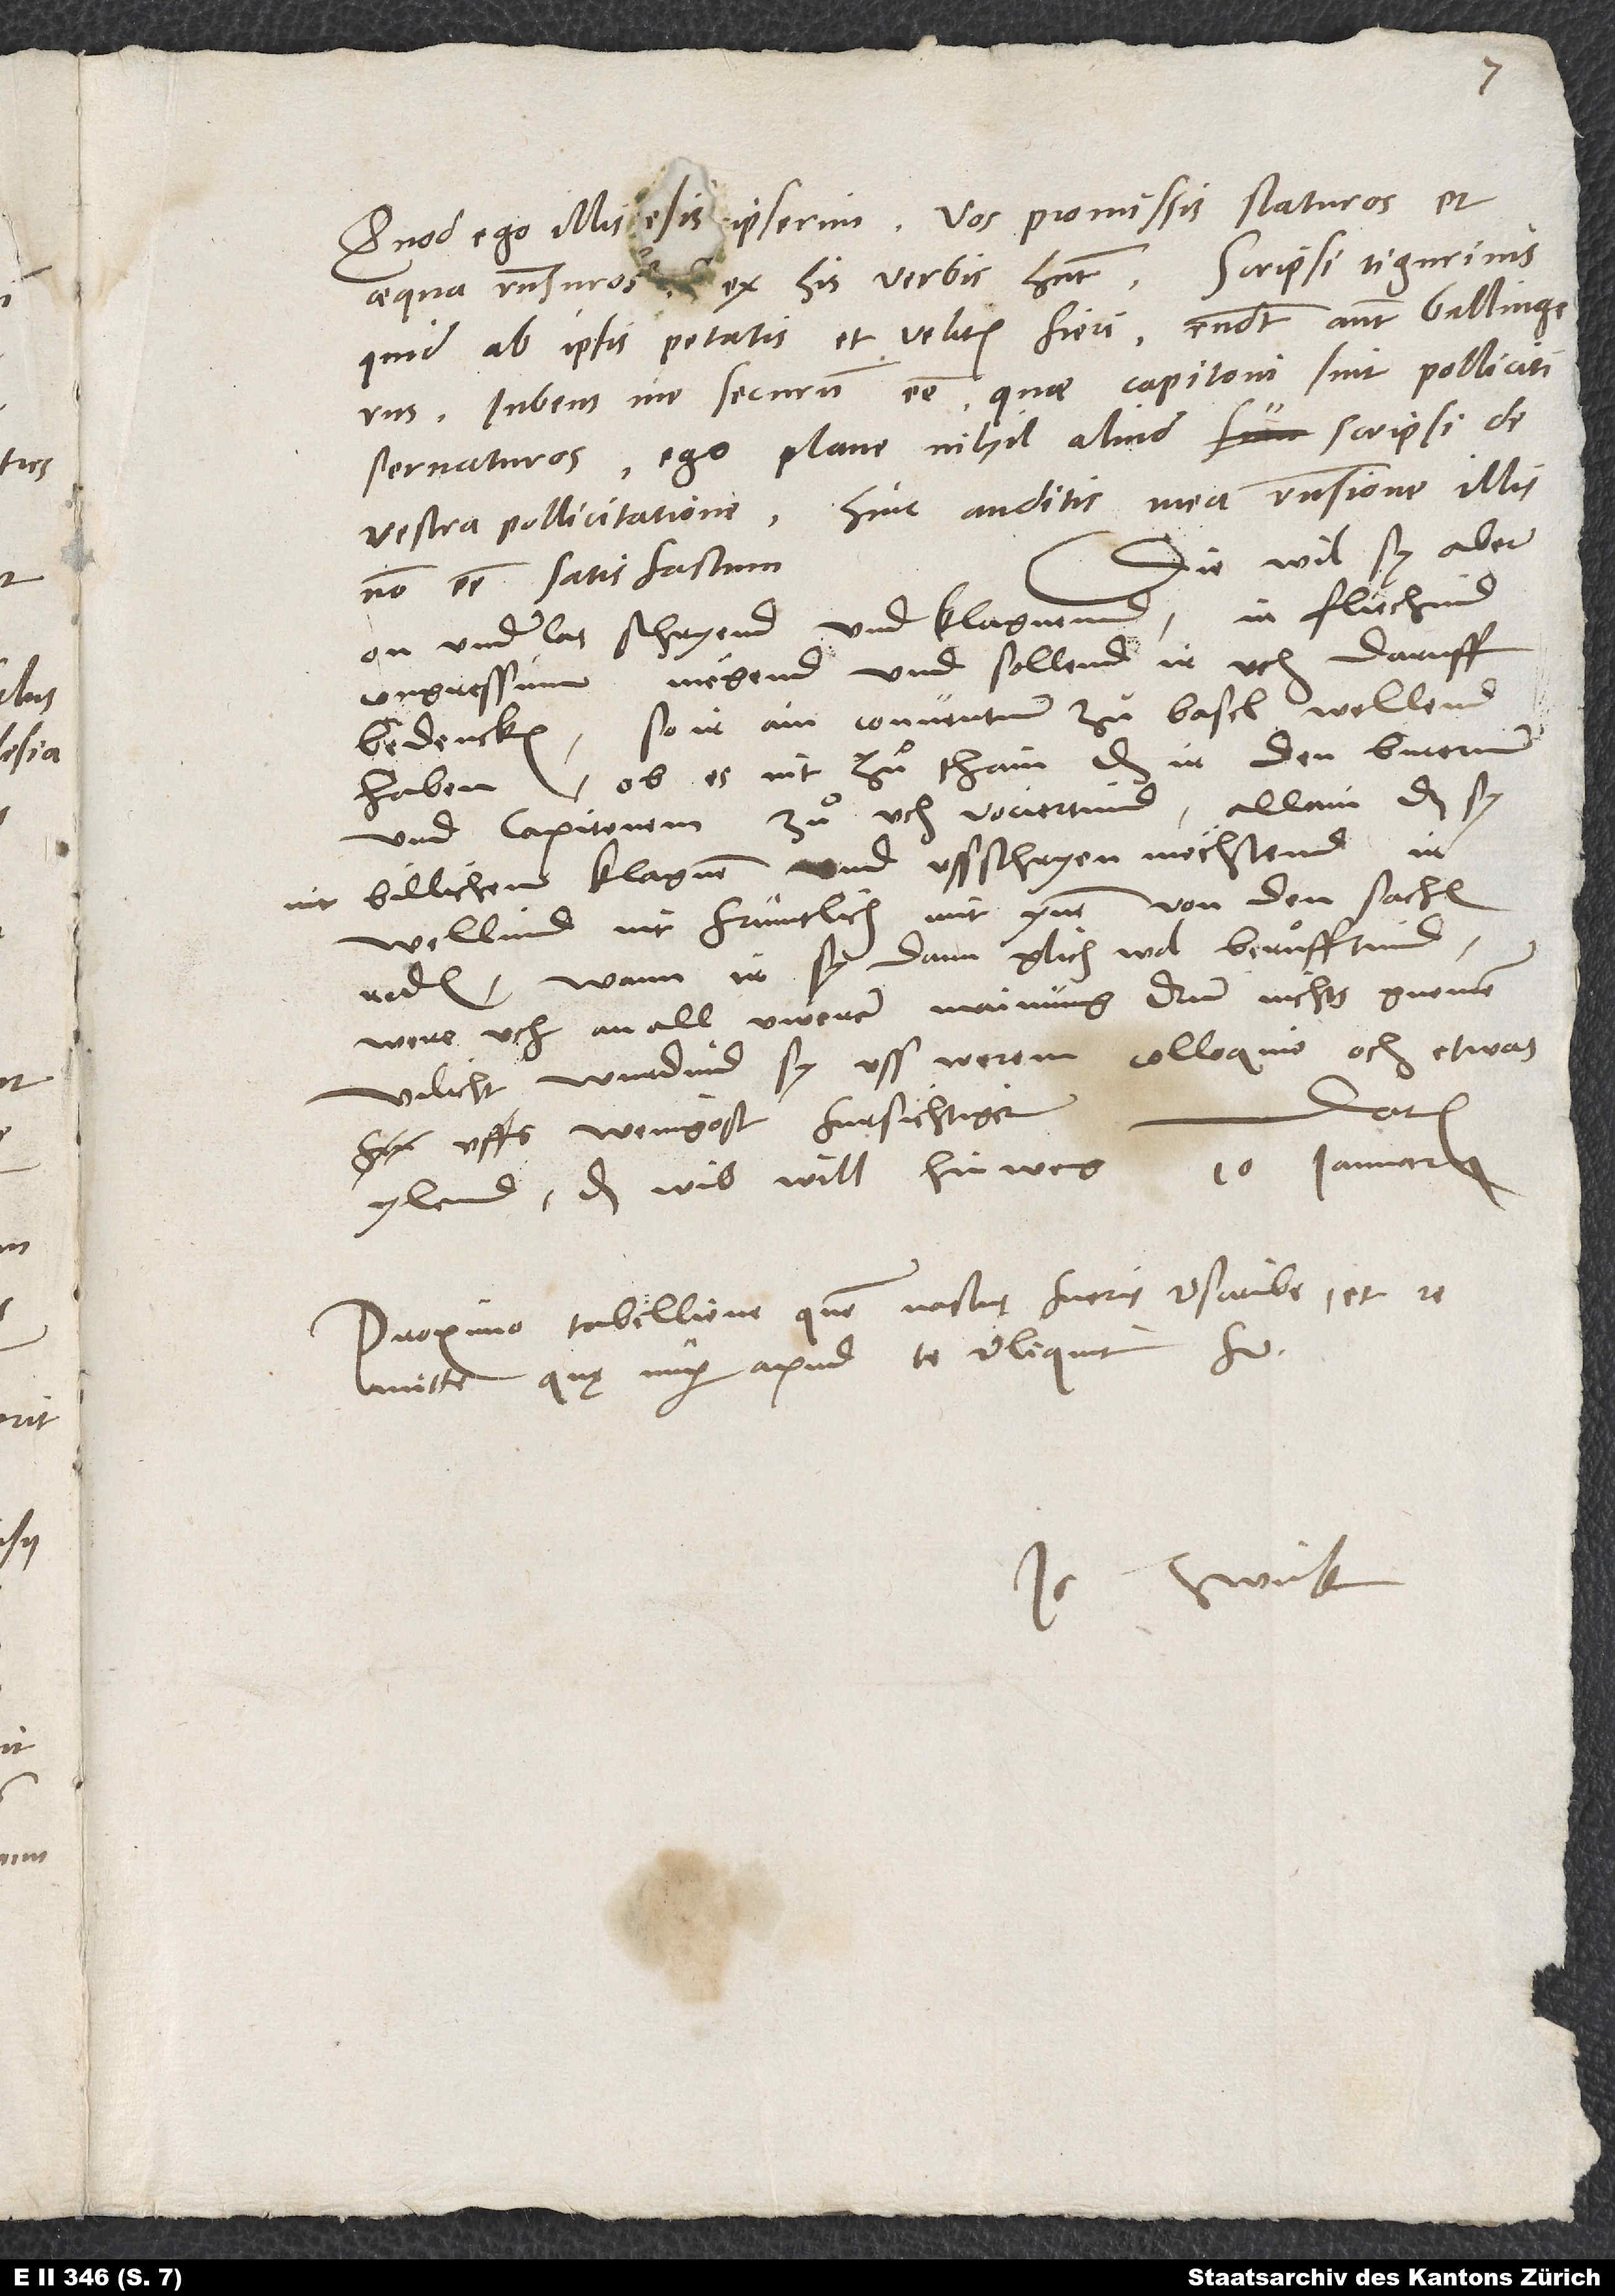
Quod ego illis ipserim vos promissis staturos et
aequa responsuros, ex his verbis habent: "Scripsi Tigurinis,
quid ab ipsis petatis et velitis fieri. Respondit autem Bullingerus
iubens me securum esse, quae Capitoni sint polliciti,
servaturos". Ego plane nihil aliud scripsi de
vestra pollicitatione. Hinc auditis mea responsione illis
Die wil sy aber
non esse satisfactum.
on underlas schryend und und klagnend, ir flüchind
congressum, mögend und sollend ir uch daruff
bedencken, so ir ain conventum zuͦ Basel wellend
haben, ob es nit zuͦ thain, daß ir den Bucerum
und Capitonem zuͦ uch vociertind, allain daß sy
nit billichen klagnen und ussschryen möchtend, ir
wellind nit früntlich mit ynen von den sachen
reden. Wann ir sy dann glich wol beruͤfftind,
were uch an all uwerer mainung drum nichts gnomen.
Vilicht wurdind sy uss worem colloquio och etwas
Datum
uffs wenigost fursichtiger.
ylend - das wib will hinweg - 10. ianuarii.
Proximo tabellione, quem nactus fueris, rescribe et
remitte, quę nuper apud te reliquit frater.
.